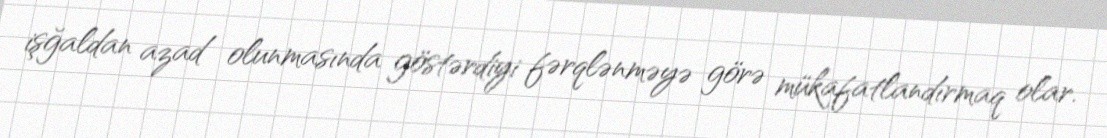
işğaldan azad olunmasında göstərdiyi fərqlənməyə görə mükafatlandırmaq olar.